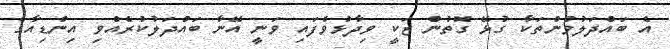
އެ ބައްދަލުވުންތަކާ ގުޅޭ ގޮތުން ޒަކީ ވިދާޅުވެފައި ވަނީ އޭނާ ބައްދަލުކުރެއްވި އިންޑިއާގެ